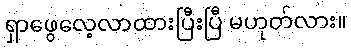
ရှာဖွေလေ့လာထားပြီးပြီ မဟုတ်လား။